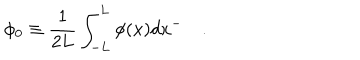
LaTeX: \phi _ { 0 } \equiv \frac 1 { 2 L } \int _ { - L } ^ { L } \phi ( x ) d x ^ { - } \quad .